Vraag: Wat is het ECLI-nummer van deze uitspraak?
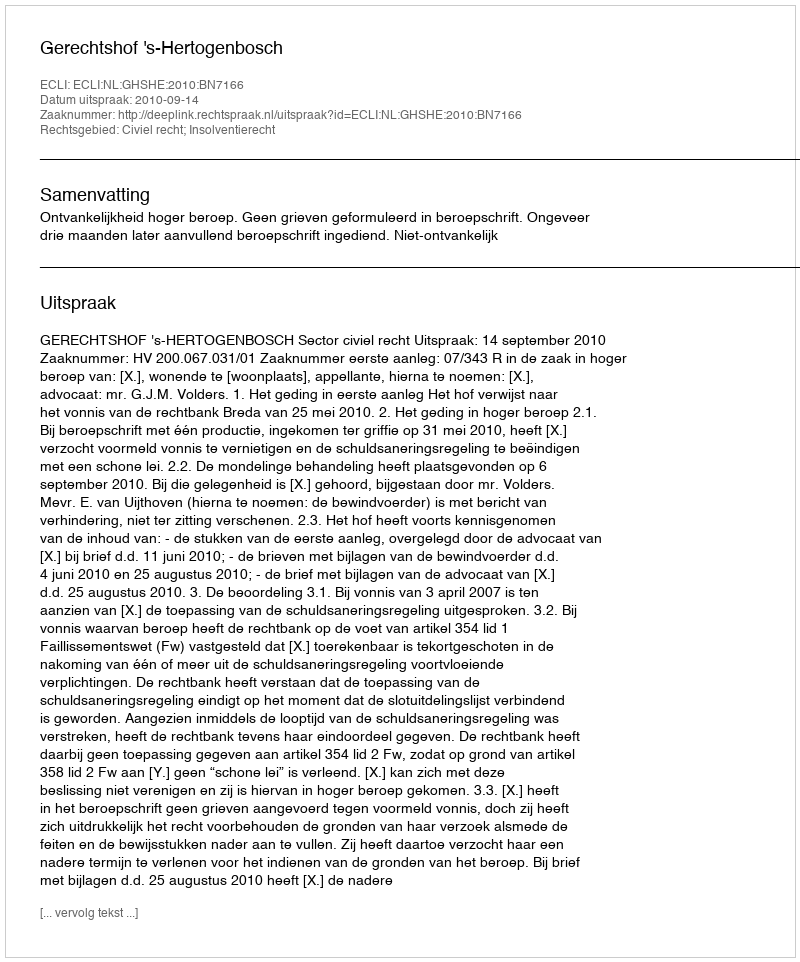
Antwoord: ECLI:NL:GHSHE:2010:BN7166